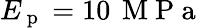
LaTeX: E_{\mathrm{~p~}}=10\, \mathrm{~M~P~a~}